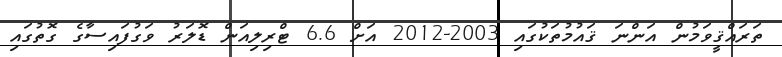
ތަރައްޤީވަމުން އަންނަ ޤައުމުތަކުގައި 2003-2012 އަށް 6.6 ޓްރިލިއަން ޑޮލަރު ވަގުފައިސާގެ ގޮތުގައި